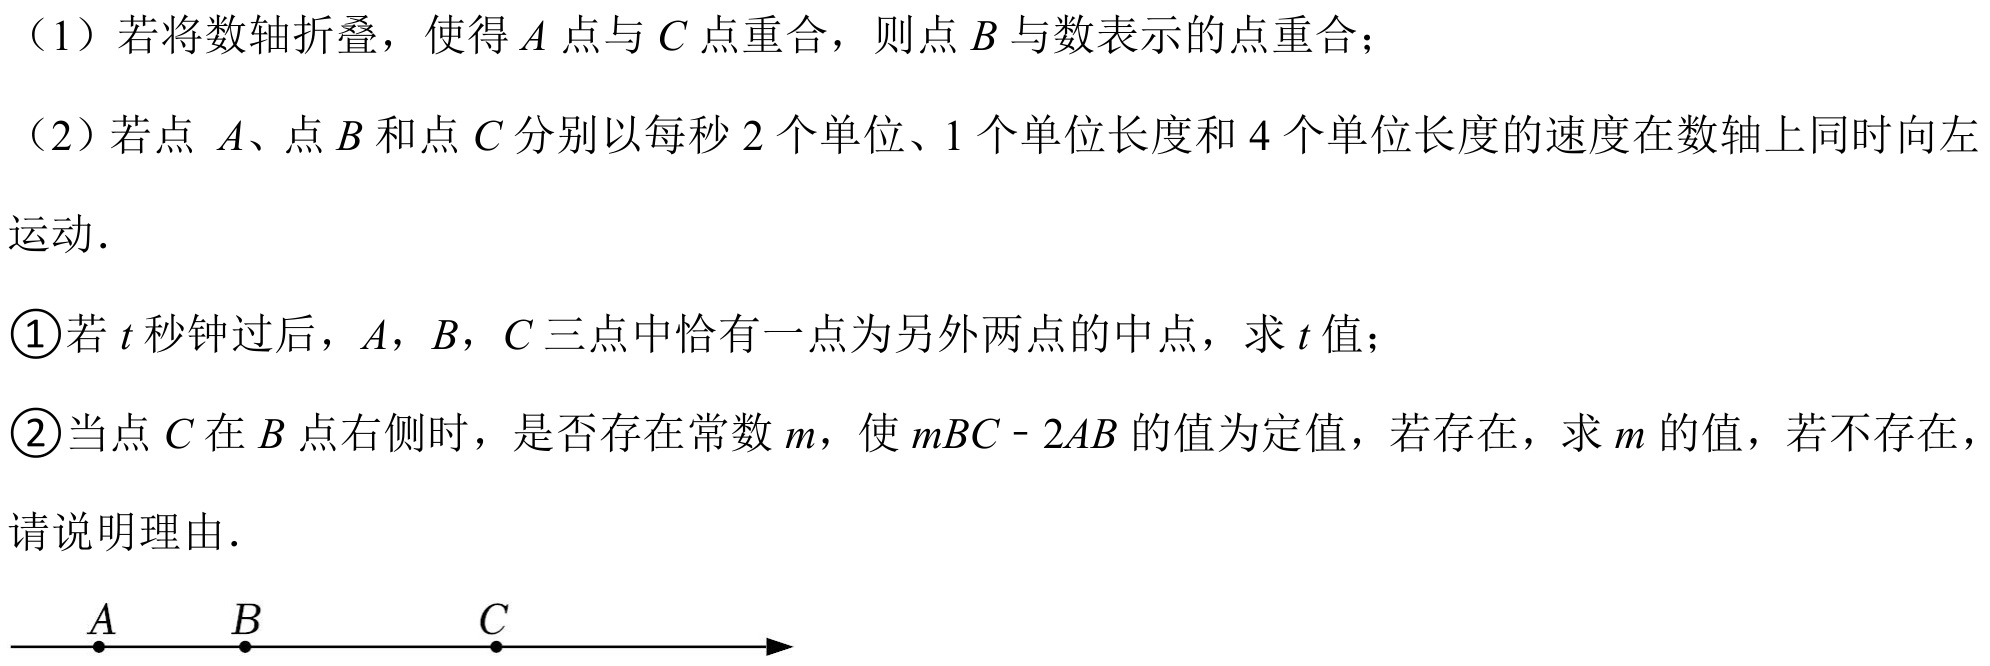
（1）若将数轴折叠，使得\(A\)点与\(C\)点重合，则点\(B\)与数表示的点重合；
（2）若点 \(A\)、点\(B\)和点\(C\)分别以每秒\(2\)个单位、\(1\)个单位长度和\(4\)个单位长度的速度在数轴上同时向左运动．
\textcircled{1}若\(t\)秒钟过后，\(A\)，\(B\)，\(C\)三点中恰有一点为另外两点的中点，求\(t\)值；
\textcircled{2}当点\(C\)在\(B\)点右侧时，是否存在常数\(m\)，使\(mBC - 2AB\)的值为定值，若存在，求\(m\)的值，若不存在，请说明理由．
\(\begin{tikzpicture}
\draw[->] (-3,0) -- (3,0);
\node[below] at (-2,0) {\(A\)};
\node[below] at (-0.5,0) {\(B\)};
\node[below] at (2,0) {\(C\)};
\filldraw (-2,0) circle (1pt);
\filldraw (-0.5,0) circle (1pt);
\filldraw (2,0) circle (1pt);
\end{tikzpicture}\)